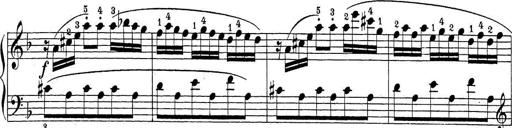
Title: Sonatina Album
Composer: Louis KÃ¶hler